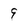
Character: 9